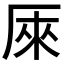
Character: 𠩬